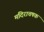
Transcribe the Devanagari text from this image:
मदिराचषक